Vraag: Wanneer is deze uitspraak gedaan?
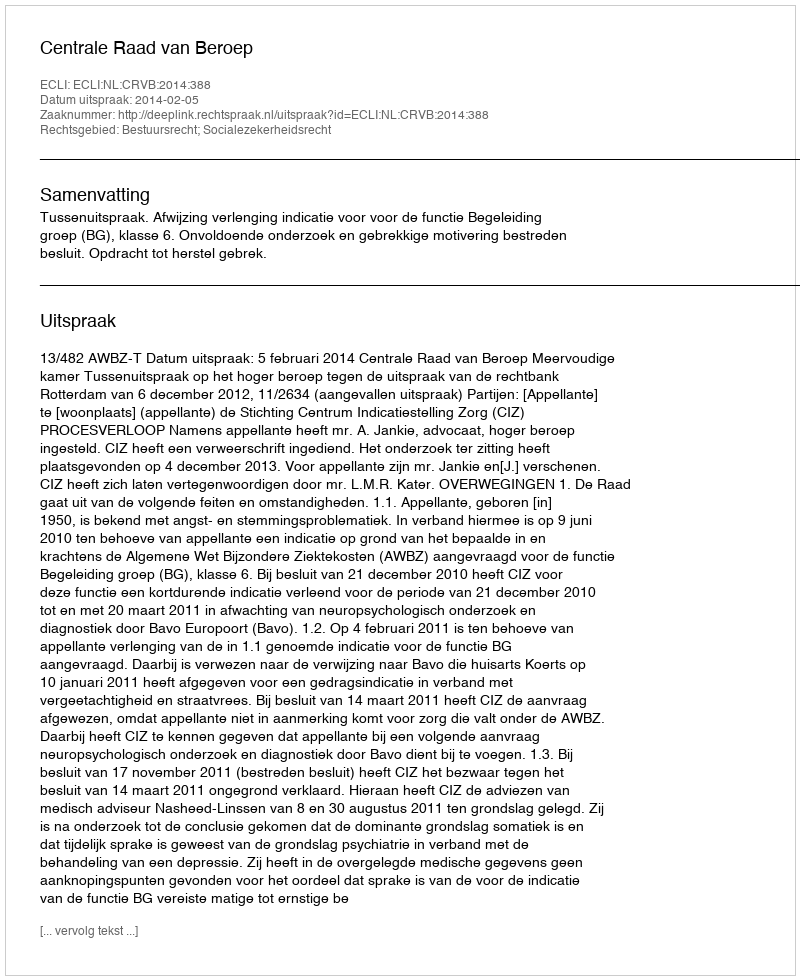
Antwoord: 2014-02-05